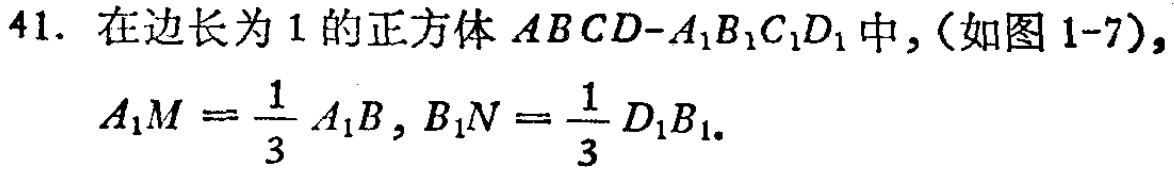
41. 在边长为1的正方体 \(ABCD - A_{1}B_{1}C_{1}D_{1}\) 中，（如图1-7），
\(A_{1}M=\frac{1}{3}A_{1}B\)，\(B_{1}N = \frac{1}{3}D_{1}B_{1}\)。